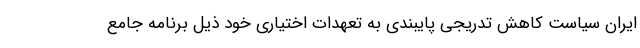
ایران سیاست کاهش تدریجی پایبندی به تعهدات اختیاری خود ذیل برنامه جامع